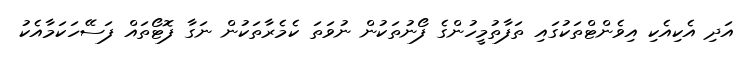
އަދި އެކިއެކި އިވެންޓްތަކުގައި ތަފާތުމީހުންގެ ފޯނުތަކުން ނުވަތަ ކެމެރާތަކުން ނަގާ ފޮޓޯތައް ފަސޭހަކަމާއެކު